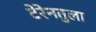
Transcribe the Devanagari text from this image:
टेरेनतुला